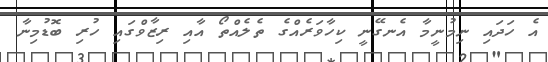
އެ ހަދައި ނިމުނީމާ އެނގޭނީ ކިހާވަރެއްގެ ތެލެއްތޯ އާއި ރިޒާވްގައި ހުރި ބޮޑުމިނާ